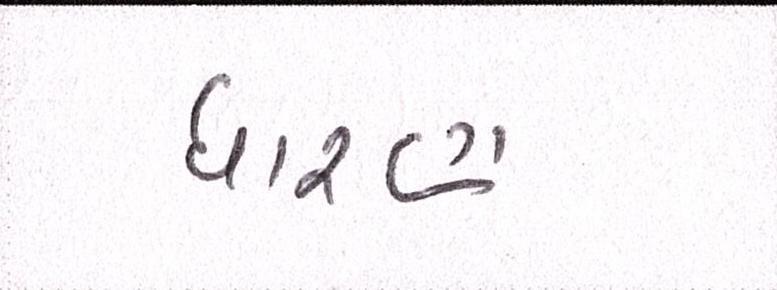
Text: ધારણ